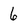
Character: 6